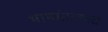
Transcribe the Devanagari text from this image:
भाषांतरकारों